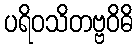
ပရိဝသိတဗ္ဗဝိဓိ